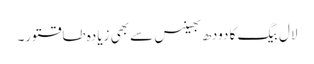
لال بیگ کا دودھ بھینس سے بھی زیادہ طاقتور۔